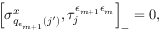
\left[ \sigma _ { q _ { \epsilon _ { m + 1 } } ( j ^ { \prime } ) } ^ { x } , \tau _ { j } ^ { \epsilon _ { m + 1 } \epsilon _ { m } } \right] _ { - } = 0 ,